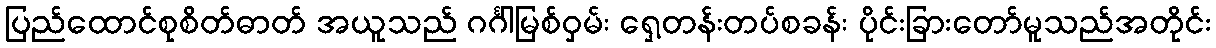
ပြည်ထောင်စုစိတ်ဓာတ် အယူသည် ဂင်္ဂါမြစ်ဝှမ်း ရှေ့တန်းတပ်စခန်း ပိုင်းခြားတော်မူသည်အတိုင်း